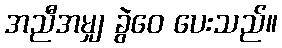
အညီအမျှ ခွဲဝေ ပေးသည်။